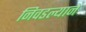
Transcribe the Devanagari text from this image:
निवडल्याने